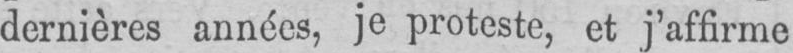
dernières années, je proteste, et j’affirme